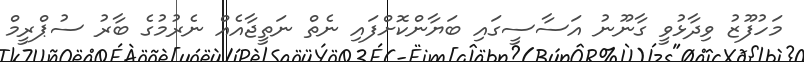
މަހުފޫޒު ވިދާޅުވީ ގާނޫނު އަސާސީގައި ބަޔާންކޮށްފައި ނެތް ނަތީޖާއެއް ނެރުމުގެ ބާރު ސުޕްރީމް